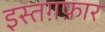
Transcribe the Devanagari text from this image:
इस्तग़फ़ार